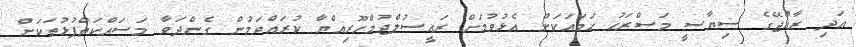
އަދި ރާއްޖޭގެ ސިޔާސީ މަސްރަޙު ހަމައަކަށް އެޅުވުމަށް ރައީސުލްޖުމްހޫރިއްޔާ ކުރައްވަމުން ގެންދަވާ މަސައްކަތްޕުޅުތަކަށް